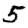
Digit: 5